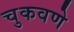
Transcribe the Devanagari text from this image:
चुकवणे